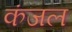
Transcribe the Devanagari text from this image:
कंजल